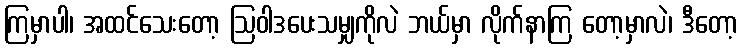
ကြမှာပါ၊ အထင်သေးတော့ ဩဝါဒပေးသမျှကိုလဲ ဘယ်မှာ လိုက်နာကြ တော့မှာလဲ၊ ဒီတော့